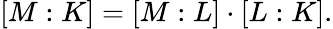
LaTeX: [M:K]=[M:L]\cdot[L:K].